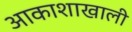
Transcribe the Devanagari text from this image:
आकाशाखाली